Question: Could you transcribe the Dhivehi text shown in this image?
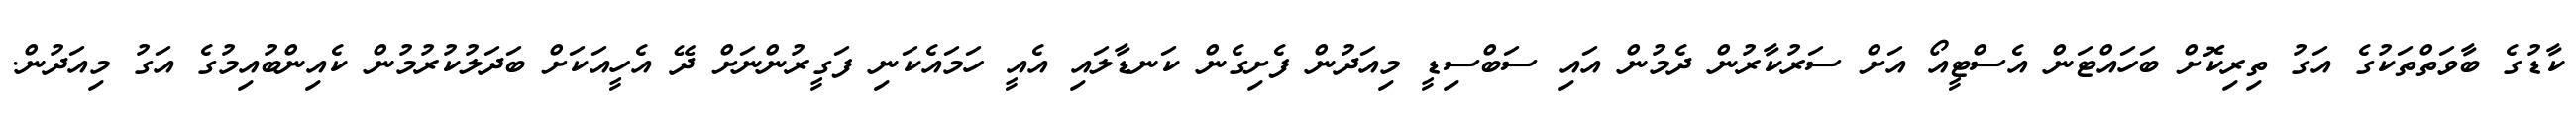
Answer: ކާޑުގެ ބާވަތްތަކުގެ އަގު ތިރިކޮށް ބަހައްޓަން އެސްޓީއޯ އަށް ސަރުކާރުން ދެމުން އައި ސަބްސިޑީ މިއަދުން ފެށިގެން ކަނޑާލައި އެއީ ހަމައެކަނި ފަގީރުންނަށް ދޭ އެހީއަކަށް ބަދަލުކުރުމުން ކެއިންބުއިމުގެ އަގު މިއަދުން.